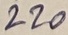
Text: 220